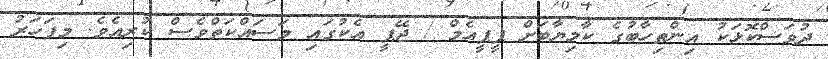
ދުވަސްކޮޅަކު އިންތިހާބުގެ ކާމިޔާބަށް ޕީޕީއެމް / ޖޭޕީ އެކުގައި މަސައްކަތްވެސް ކުރިއެވެ. މިފަހަރު